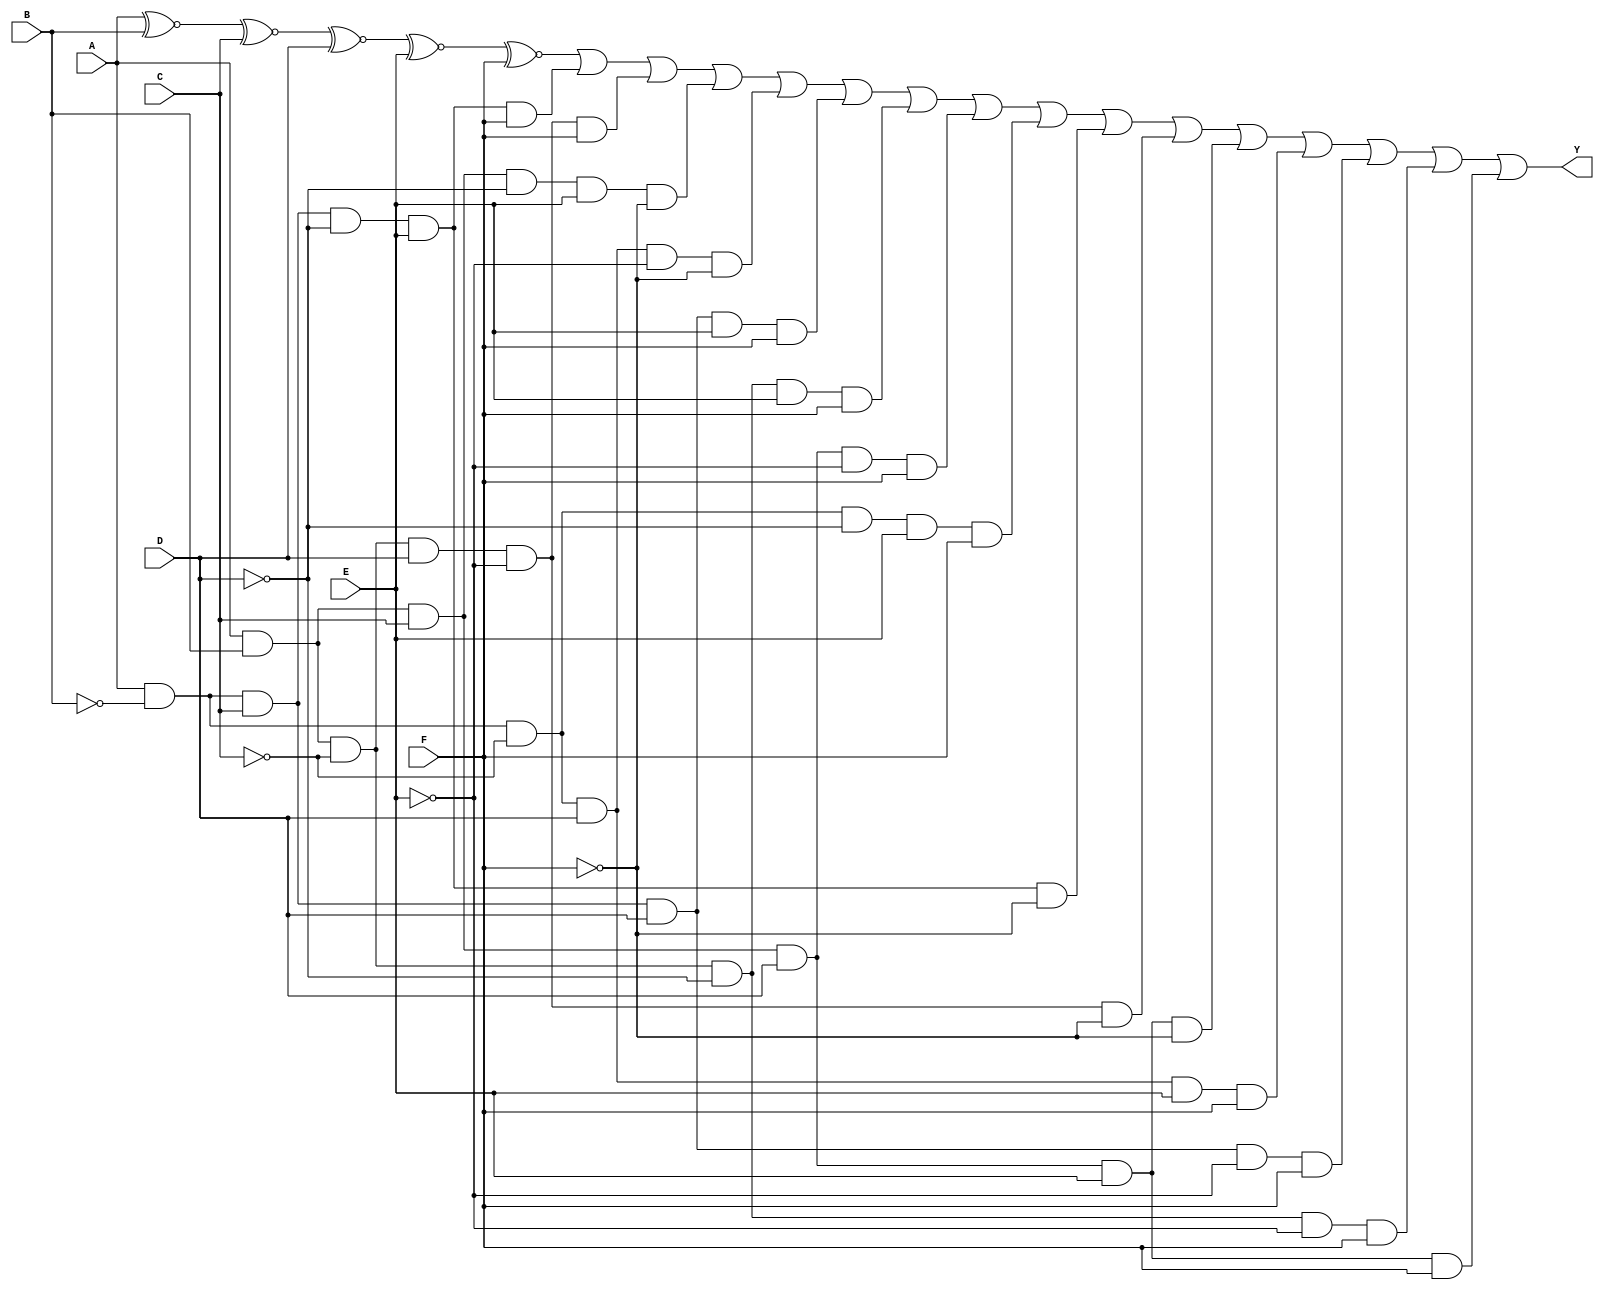
module six_variable_kmap (
    input wire A,   // Input variable A
    input wire B,   // Input variable B
    input wire C,   // Input variable C
    input wire D,   // Input variable D
    input wire E,   // Input variable E
    input wire F,   // Input variable F
    output wire Y   // Output variable Y
);

// Define the output function based on the K-map
// Example: Assume the following minterms are true (1):
// Minterms: 0, 1, 2, 3, 8, 9, 10, 11, 16, 17, 18, 19, 24, 25, 26, 27
// This is just an example; replace with your actual minterms.

assign Y = (A ~^ B ~^ C ~^ D ~^ E ~^ F) | // Example condition
           (A & ~B & C & ~D & E & F) |   // Minterm 1
           (A & B & ~C & D & ~E & F) |   // Minterm 2
           (A & B & C & ~D & E & ~F) |   // Minterm 3
           (A & ~B & ~C & D & ~E & ~F) | // Minterm 8
           (A & ~B & C & D & E & F) |    // Minterm 9
           (A & B & ~C & ~D & E & F) |    // Minterm 10
           (A & B & C & D & ~E & F) |     // Minterm 11
           (A & ~B & ~C & ~D & E & F) |   // Minterm 16
           (A & ~B & C & ~D & E & ~F) |   // Minterm 17
           (A & B & ~C & D & ~E & ~F) |   // Minterm 18
           (A & B & C & D & E & ~F) |     // Minterm 19
           (A & ~B & ~C & D & E & F) |    // Minterm 24
           (A & ~B & C & D & ~E & F) |    // Minterm 25
           (A & B & ~C & ~D & ~E & F) |    // Minterm 26
           (A & B & C & D & E & F);        // Minterm 27

endmodule